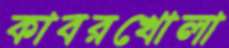
কাবরখোলা